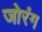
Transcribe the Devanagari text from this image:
जोरंग